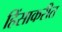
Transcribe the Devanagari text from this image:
हिंसाकरीत